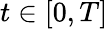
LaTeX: t\in[0,T]